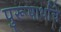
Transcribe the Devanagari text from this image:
पुरूषार्थाचे